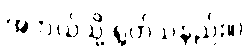
အဘယ်သို့ ရွတ်သနည်း။)